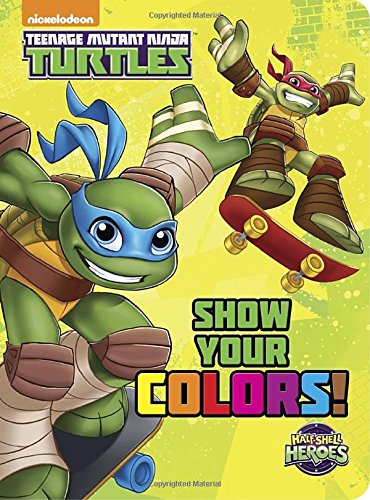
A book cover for Show Your Colors! (Teenage Mutant Ninja Turtles: Half-Shell Heroes) (Bright & Early Board Books(TM)); Random House; Children's Books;